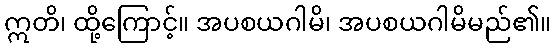
ဣတိ၊ ထို့ကြောင့်။ အပစယဂါမိ၊ အပစယဂါမိမည်၏။